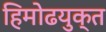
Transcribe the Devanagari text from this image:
हिमोढयुक्त